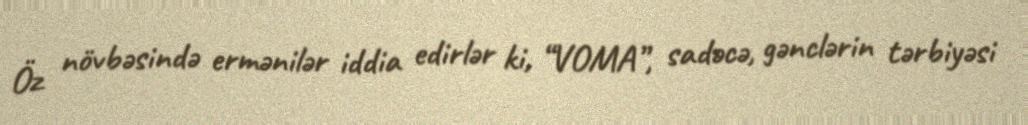
Öz növbəsində ermənilər iddia edirlər ki, “VOMA”, sadəcə, gənclərin tərbiyəsi